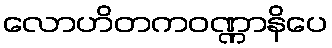
လောဟိတကဝဏ္ဏာနိပေ